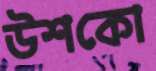
উশকো